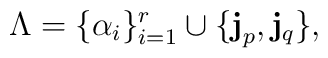
\Lambda = \{\alpha_i\}_{i=1}^{r}\cup\{{\bf j}_p,{\bf j}_q\},